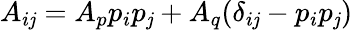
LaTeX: A_{i\mathit{j}}=A_{p}p_{i}p_{\mathit{j}}+A_{q}(\delta_{i\mathit{j}}-p_{i}p_{\mathit{j}})